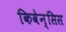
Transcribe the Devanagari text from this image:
किवेन्सिस